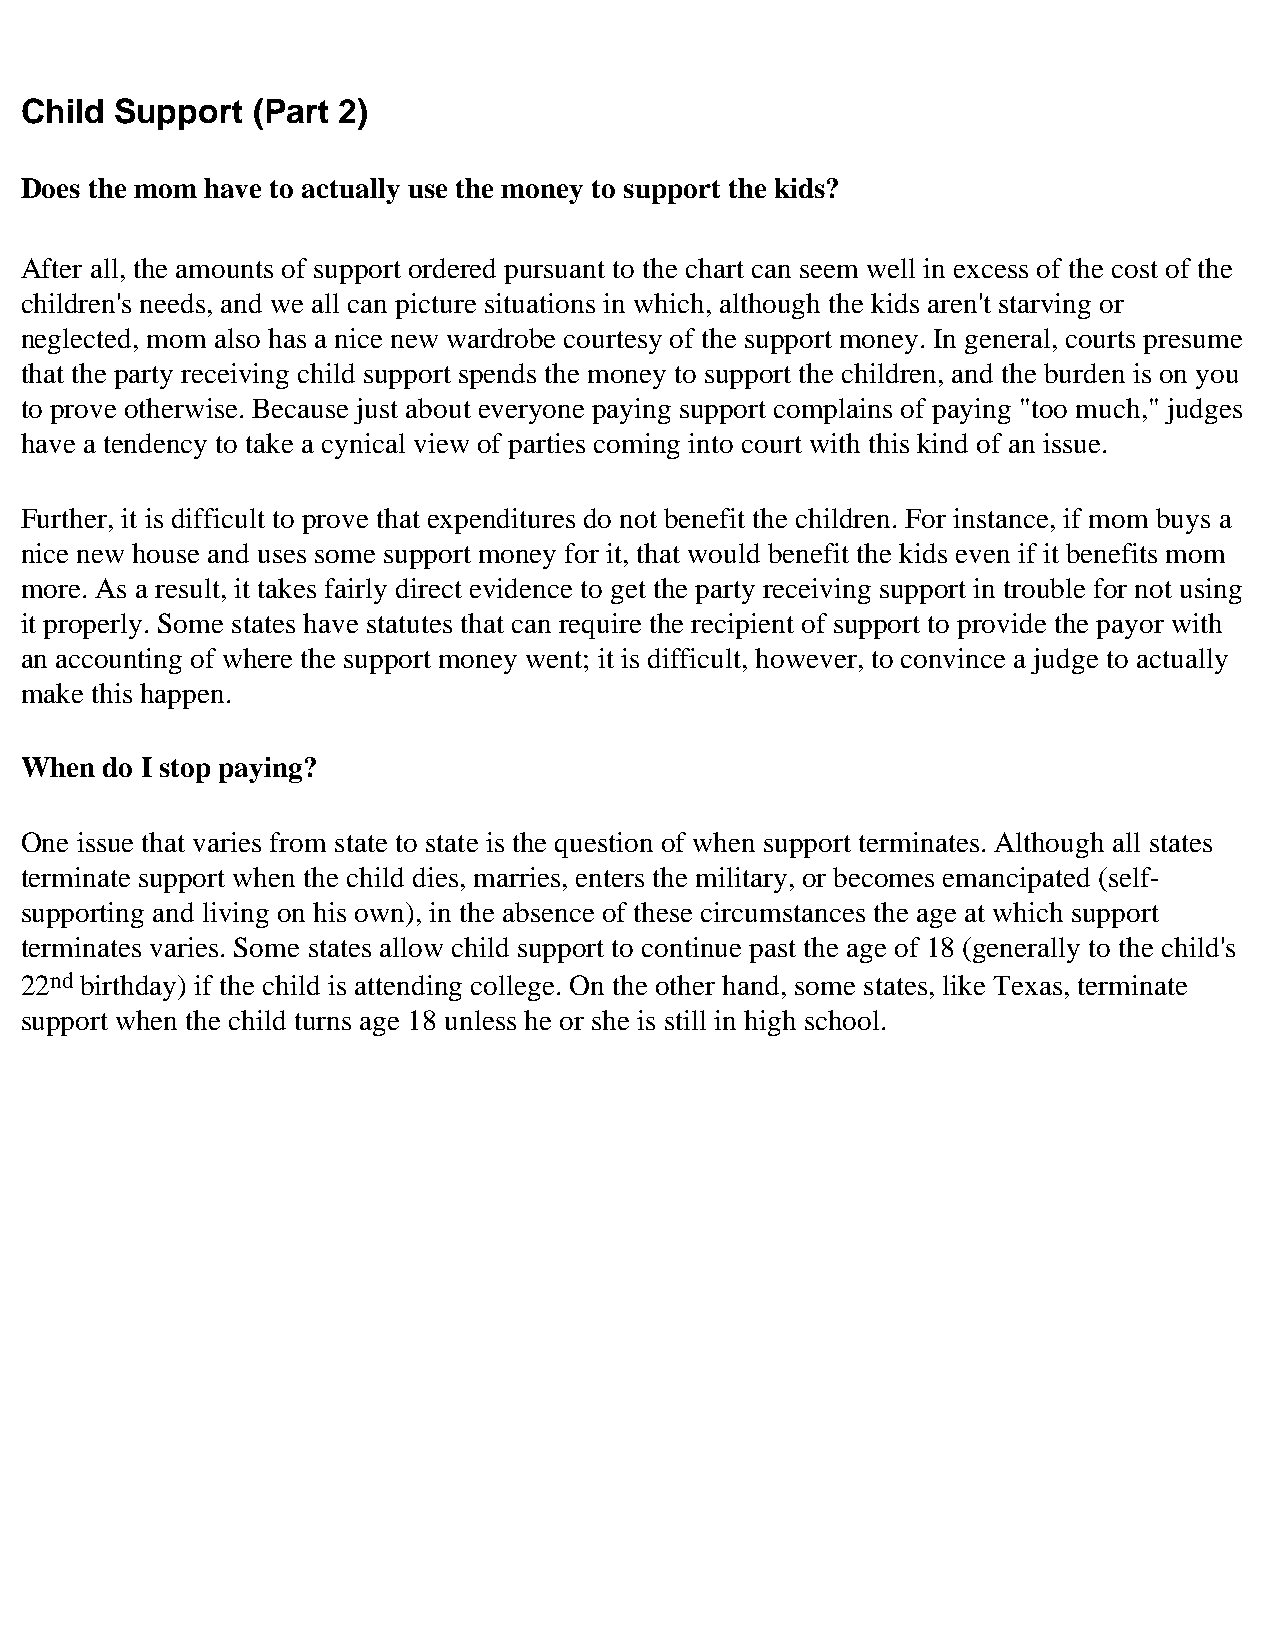
Child  Support  (Part 2)
 Does the mom have to actually use the money to support the kids?
 After all, the amounts of support ordered pursuant to the chart can seem well in excess of the cost of the
 children's needs, and we all can picture situations in which, although the kids aren't starving or
 neglected, mom also has a nice new wardrobe courtesy of the support money. In general, courts presume
 that the party receiving child support spends the money to support the children, and the burden is on you
 to prove otherwise. Because just about everyone paying support complains of paying "too much," judges
 have a tendency to take a cynical view of parties coming into court with this kind of an issue.
 Further, it is difficult to prove that expenditures do not benefit the children. For instance, if mom buys a
 nice new house and uses some support money for it, that would benefit the kids even if it benefits mom
 more. As a result, it takes fairly direct evidence to get the party receiving support in trouble for not using
 it properly. Some states have statutes that can require the recipient of support to provide the payor with
 an accounting of where the support money went; it is difficult, however, to convince a judge to actually
 make this happen.
 When  do I stop paying?
 One issue that varies from state to state is the question of when support terminates. Although all states
 terminate support when the child dies, marries, enters the military, or becomes emancipated (self-
 supporting and living on his own), in the absence of these circumstances the age at which support
 terminates varies. Some states allow child support to continue past the age of 18 (generally to the child's
 22nd birthday) if the child is attending college. On the other hand, some states, like Texas, terminate
 support when the child turns age 18 unless he or she is still in high school.